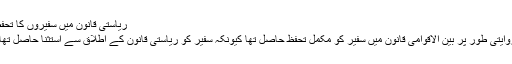
ریاستی قانون میں سفیروں کا تحفظ
روایتی طور پر بین الاقوامی قانون میں سفیر کو مکمل تحفظ حاصل تھا کیونکہ سفیر کو ریاستی قانون کے اطلاق سے استثنا حاصل تھا ۔